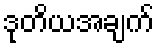
ဒုတိယအချက်